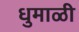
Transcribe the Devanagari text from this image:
धुमाळी